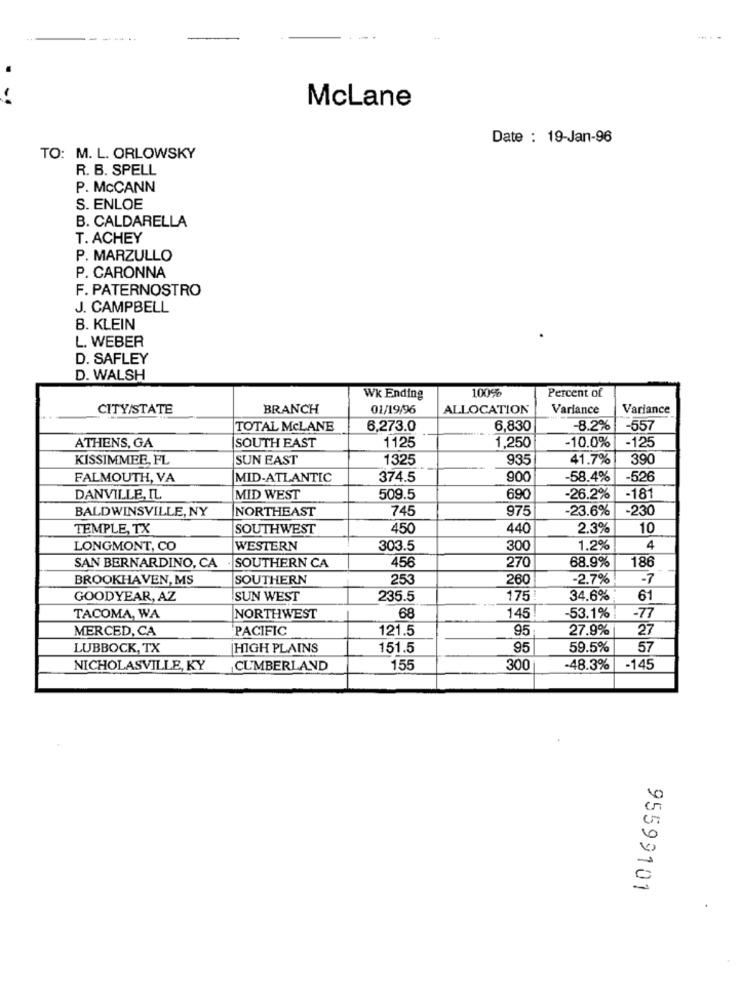
---.
McLane
Date : 19-Jan-96
TO: M. L. ORLOWSKY
R. B. SPELL
P. McCANN
S. ENLOE
B. CALDARELLA
T. ACHEY
P. MARZULLO
P. CARONNA
F. PATERNOSTRO
J. CAMPBELL
B. KLEIN
L. WEBER
D. SAFLEY
D. WALSH
100%
Percent of
Wk Ending
CITY/STATE
BRANCH
01/19/96
ALLOCATION
Variance
Variance
TOTAL McLANE
6,273.0
6,830
-8.2%
-557
1125
1,250
-125
ATHENS, GA
SOUTH EAST
-10.0%
KISSIMMEE, FL
SUN EAST
1325
935
41.7%
390
FALMOUTH, VA
MID-ATLANTIC
374.5
900
58.4%
-526
DANVILLE, IL
MID WEST
509.5
690
-26.2%
-181
BALDWINSVILLE, NY
NORTHEAST
745
23.6%
-230
975
TEMPLE, TX
SOUTHWEST
450
440
2.3%
10
LONGMONT, CO
WESTERN
303.5
300
1.2%
4
456
270
68.9%
186
SAN BERNARDINO, CA . SOUTHERN CA
BROOKHAVEN, MS
SOUTHERN
253
260
-2.7%
-7
GOODYEAR, AZ
SUN WEST
235.5
175
34.6%
61
TACOMA, WA
NORTHWEST
68
145
53.1%
-77
MERCED, CA
PACIFIC
121.5
95
27.9%
27
LUBBOCK, TX
HIGH PLAINS
151.5
95
59.5%
57
NICHOLASVILLE, KY
CUMBERLAND
155
300
-48.3%
-145
95599101